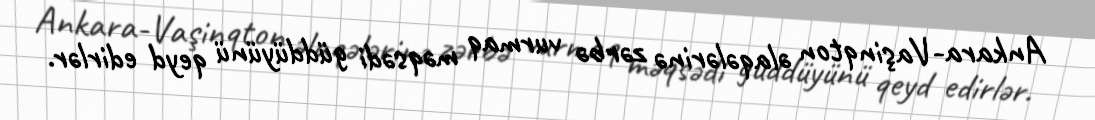
Ankara-Vaşinqton əlaqələrinə zərbə vurmaq məqsədi güddüyünü qeyd edirlər.